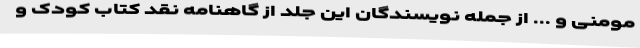
مومنی و ... از جمله نویسندگان این جلد از گاهنامه نقد کتاب کودک و